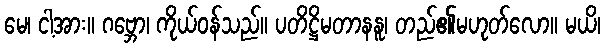
မေ၊ ငါ့အား။ ဂဗ္ဘော၊ ကိုယ်ဝန်သည်။ ပတိဋ္ဌိမတာနနူ၊ တည်၏မဟုတ်လော။ မယိ၊